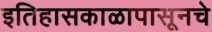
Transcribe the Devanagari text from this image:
इतिहासकाळापासूनचे